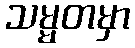
သမ္မတမှာ